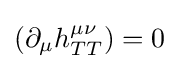
\left(\partial _{\mu }h_{TT}^{\mu \nu }\right)=0